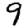
Digit: 9